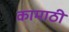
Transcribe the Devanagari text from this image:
कामाठी